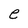
Character: e